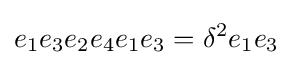
e_{1}e_{3}e_{2}e_{4}e_{1}e_{3}=\delta ^{2}e_{1}e_{3}